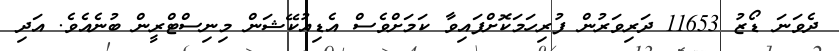
ދެވަނަ ޑޯޒު 11653 ދަރިވަރުން ފުރިހަމަކޮށްފައިވާ ކަމަށްވެސް އެޑިއުކޭޝަން މިނިސްޓްރީން ބުނެއެވެ. އަދި